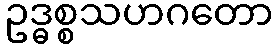
ဥဒ္ဓစ္စသဟဂတော